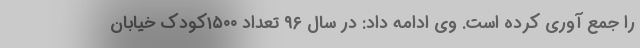
را جمع آوری کرده است. وی ادامه داد: در سال ۹۶ تعداد ۱۵۰۰کودک خیابان